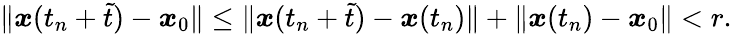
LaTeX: \begin{array}{r}{\| {\boldsymbol x}(t_{n}+\tilde{t})-{\boldsymbol x}_{0}\| \leq\| {\boldsymbol x}(t_{n}+\tilde{t})-{\boldsymbol x}(t_{n})\| +\| {\boldsymbol x}(t_{n})-{\boldsymbol x}_{0}\| <r.}\end{array}